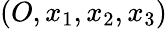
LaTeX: (O,x_{1},x_{2},x_{3})